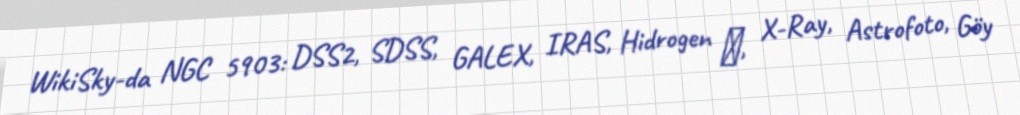
WikiSky-da NGC 5903: DSS2, SDSS, GALEX, IRAS, Hidrogen α, X-Ray, Astrofoto, Göy